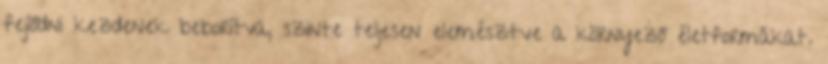
fejlődni kezdenek beborítva, szinte teljesen elemésztve a környező életformákat.